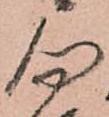
勿